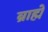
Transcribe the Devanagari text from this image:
ब्राह्मे